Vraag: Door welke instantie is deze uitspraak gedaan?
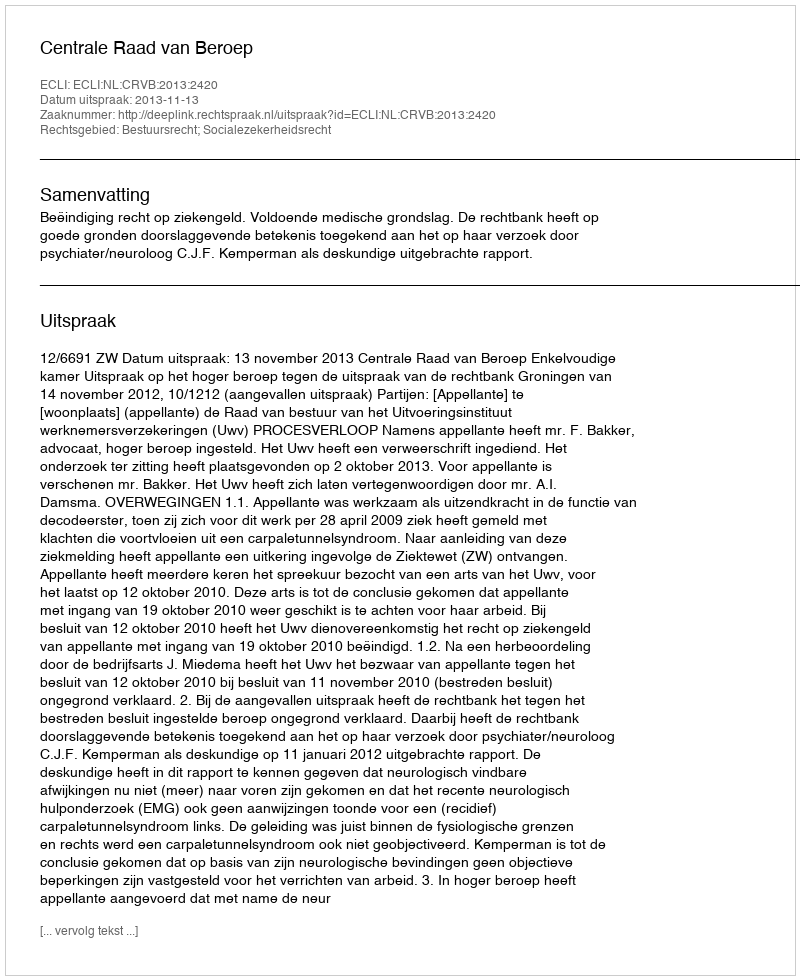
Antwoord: Centrale Raad van Beroep